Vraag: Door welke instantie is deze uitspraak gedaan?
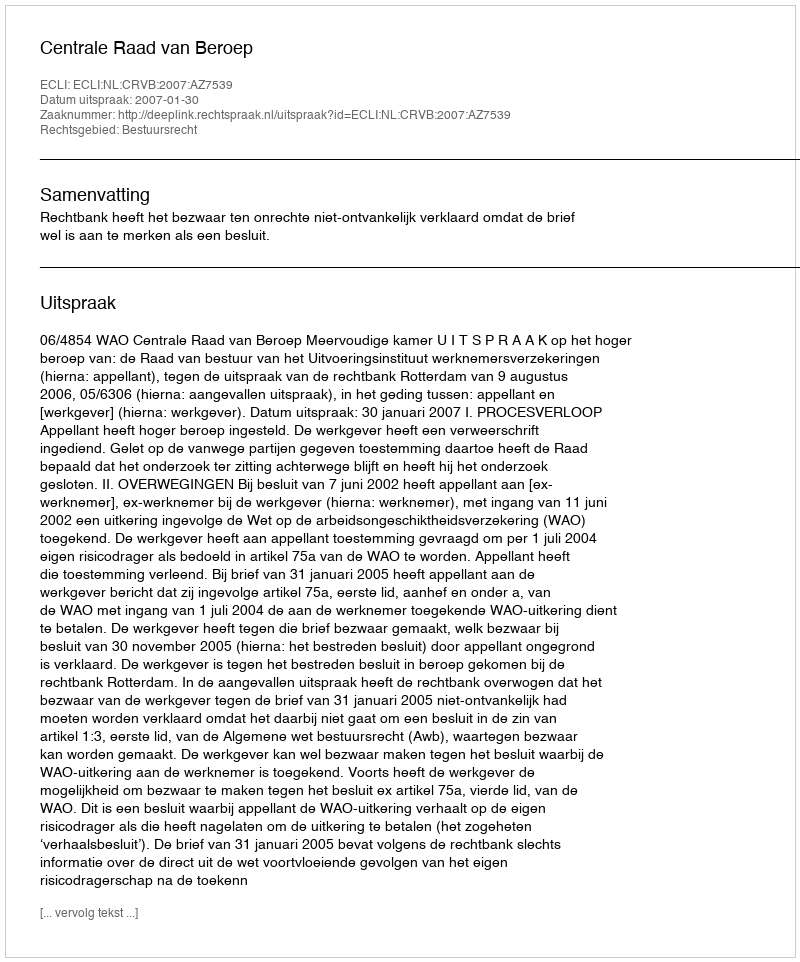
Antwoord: Centrale Raad van Beroep